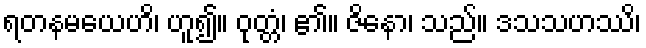
ရတနမယေဟိ၊ ဟူ၍။ ဝုတ္တံ၊ ၏။ ဇိနော၊ သည်။ ဒသသဟဿိ၊